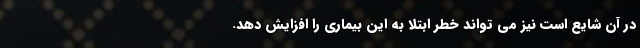
در آن شایع است نیز می تواند خطر ابتلا به این بیماری را افزایش دهد.